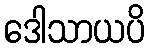
ဒေါသာယပိ